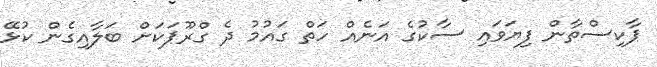
ޕާކިސްތާން ފިޔަވައި ސާކުގެ އަނެއް ހަތް ގައުމު ދެ ގްރޫޕަކަށް ބަލާއިގެން ކުޅޭ